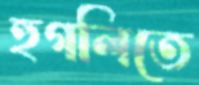
হুগলিতে